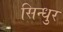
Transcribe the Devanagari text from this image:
सिन्‍धुर